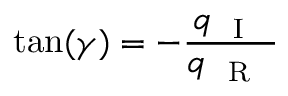
\tan ( \gamma ) = - \frac { q _ { \mathrm { ~ { ~ I ~ } ~ } } } { q _ { \mathrm { ~ { ~ R ~ } ~ } } }